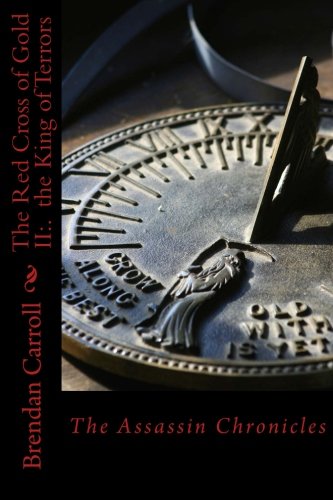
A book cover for The Red Cross of Gold II:. the King of Terrors: The Assassin Chronicles; Brendan Carroll; Literature & Fiction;